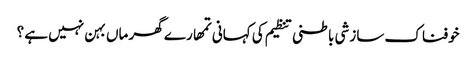
خوفناک سازشی باطنی تنظیم کی کہانی	تمھارے گھر ماں بہن نہیں ہے ؟